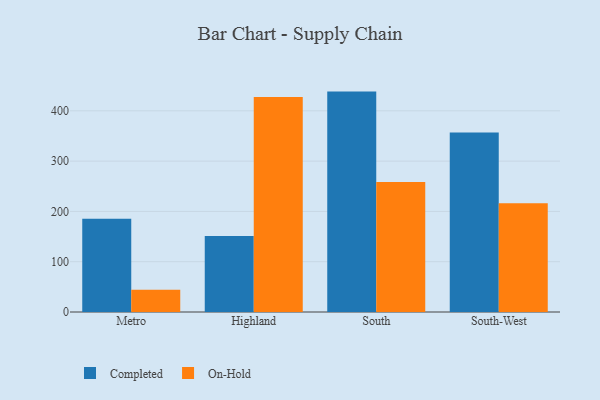
{"axis": {"x": "Region", "y": "Shipments"}, "legend": ["Completed", "On-Hold"], "data": [{"x": "Metro", "y": 185.5, "type": "Completed"}, {"x": "Metro", "y": 44.2, "type": "On-Hold"}, {"x": "Highland", "y": 151.3, "type": "Completed"}, {"x": "Highland", "y": 427.4, "type": "On-Hold"}, {"x": "South", "y": 438.2, "type": "Completed"}, {"x": "South", "y": 258.4, "type": "On-Hold"}, {"x": "South-West", "y": 357.0, "type": "Completed"}, {"x": "South-West", "y": 216.3, "type": "On-Hold"}]}